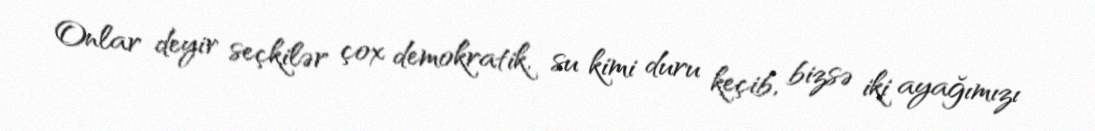
Onlar deyir seçkilər çox demokratik, su kimi duru keçib, bizsə iki ayağımızı